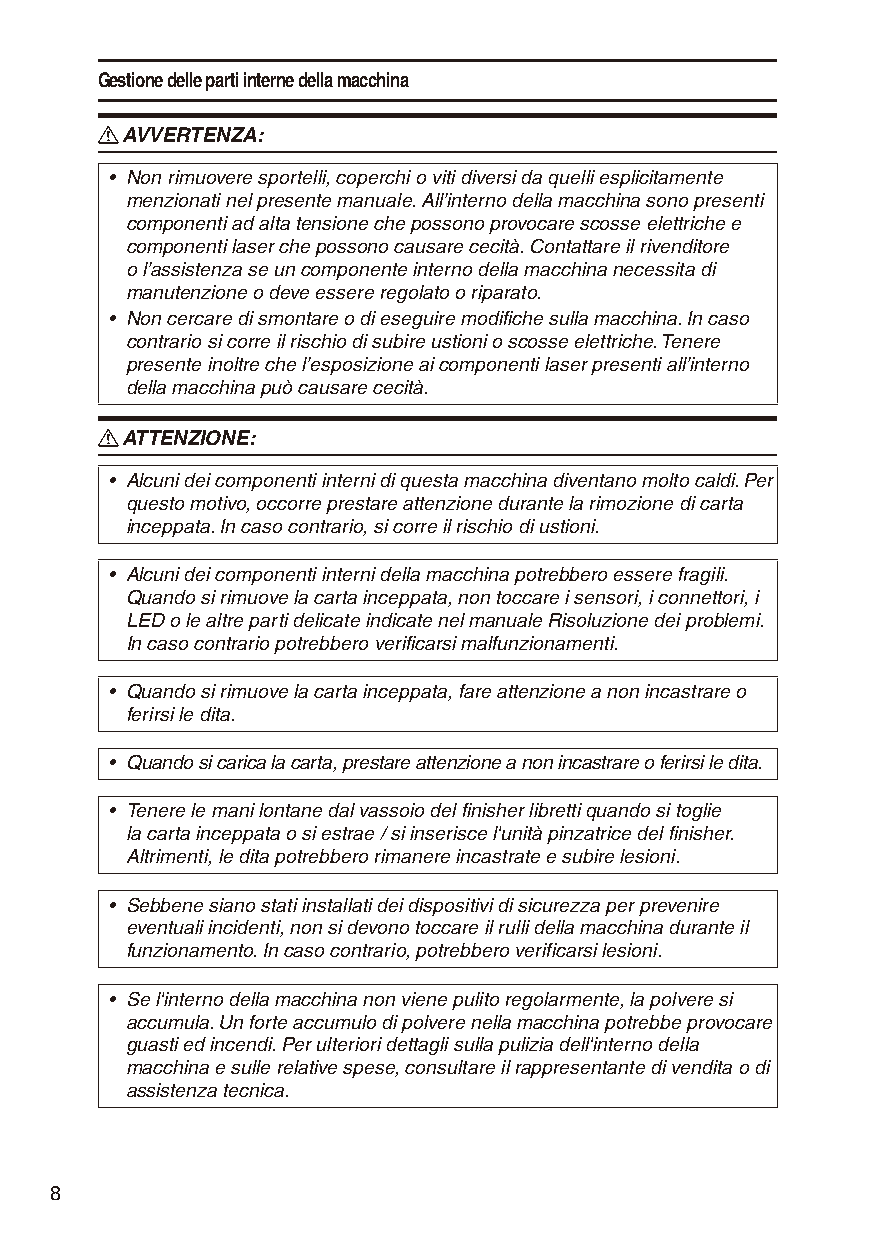
Gestione delle parti interne della macchina
 R AVVERTENZA:
 • Non rimuovere sportelli, coperchi o viti diversi da quelli esplicitamente
 menzionati nel presente manuale. All’interno della macchina sono presenti
 componenti ad alta tensione che possono provocare scosse elettriche e
 componenti laser che possono causare cecità. Contattare il rivenditore
 o l’assistenza se un componente interno della macchina necessita di
 manutenzione o deve essere regolato o riparato.
 • Non cercare di smontare o di eseguire modifiche sulla macchina. In caso
 contrario si corre il rischio di subire ustioni o scosse elettriche. Tenere
 presente inoltre che l’esposizione ai componenti laser presenti all’interno
 della macchina può causare cecità.
 R ATTENZIONE:
 • Alcuni dei componenti interni di questa macchina diventano molto caldi. Per
 questo motivo, occorre prestare attenzione durante la rimozione di carta
 inceppata. In caso contrario, si corre il rischio di ustioni.
 • Alcuni dei componenti interni della macchina potrebbero essere fragili.
 Quando si rimuove la carta inceppata, non toccare i sensori, i connettori, i
 LED o le altre parti delicate indicate nel manuale Risoluzione dei problemi.
 In caso contrario potrebbero verificarsi malfunzionamenti.
 • Quando si rimuove la carta inceppata, fare attenzione a non incastrare o
 ferirsi le dita.
 • Quando si carica la carta, prestare attenzione a non incastrare o ferirsi le dita.
 • Tenere le mani lontane dal vassoio del finisher libretti quando si toglie
 la carta inceppata o si estrae / si inserisce l'unità pinzatrice del finisher.
 Altrimenti, le dita potrebbero rimanere incastrate e subire lesioni.
 • Sebbene siano stati installati dei dispositivi di sicurezza per prevenire
 eventuali incidenti, non si devono toccare il rulli della macchina durante il
 funzionamento. In caso contrario, potrebbero verificarsi lesioni.
 • Se l'interno della macchina non viene pulito regolarmente, la polvere si
 accumula. Un forte accumulo di polvere nella macchina potrebbe provocare
 guasti ed incendi. Per ulteriori dettagli sulla pulizia dell'interno della
 macchina e sulle relative spese, consultare il rappresentante di vendita o di
 assistenza tecnica.
 8